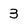
Character: 3